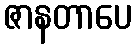
ဇာနတာပေ